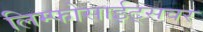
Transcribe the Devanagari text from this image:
लिम्फोसाईट्सवर